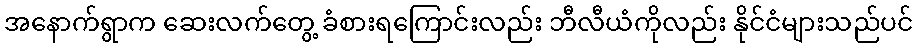
အနောက်ရွာက ဆေးလက်တွေ့ ခံစားရကြောင်းလည်း ဘီလီယံကိုလည်း နိုင်ငံများသည်ပင်